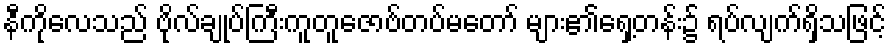
နီကိုလေသည် ဗိုလ်ချုပ်ကြီးကူတူဇောဗ်တပ်မတော် များ၏ရှေ့တန်း၌ ရပ်လျက်ရှိသဖြင့်